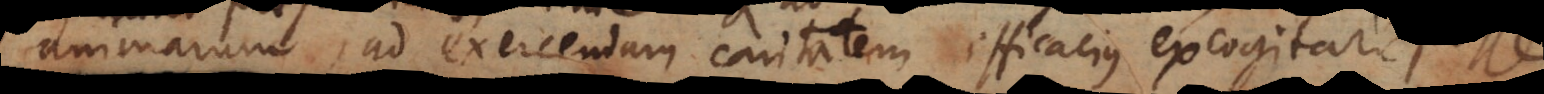
animarum, ad exercendam caritatem efficacius excogitari p